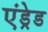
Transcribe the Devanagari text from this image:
एंड्रेड